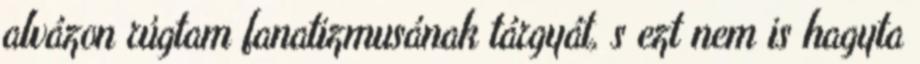
alvázon rúgtam fanatizmusának tárgyát, s ezt nem is hagyta